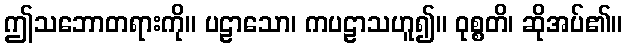
ဤသဘောတရားကို။ ပဠာသော၊ ကပဠာသဟူ၍။ ဝုစ္စတိ၊ ဆိုအပ်၏။